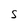
Character: S